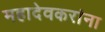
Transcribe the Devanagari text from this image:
महादेवकरांना